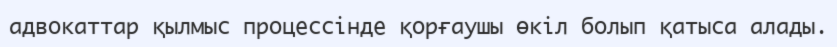
адвокаттар қылмыс процессінде қорғаушы өкіл болып қатыса алады.